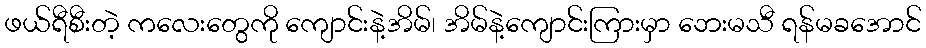
ဖယ်ရီစီးတဲ့ ကလေးတွေကို ကျောင်းနဲ့အိမ်၊ အိမ်နဲ့ကျောင်းကြားမှာ ဘေးမသီ ရန်မခအောင်